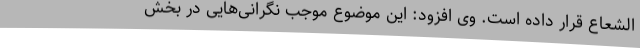
الشعاع قرار داده است. وی افزود: این موضوع موجب نگرانی‌هایی در بخش